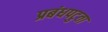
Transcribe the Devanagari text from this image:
प्रबंधपटुता